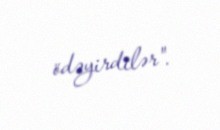
ödəyirdilər".